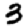
Digit: 3